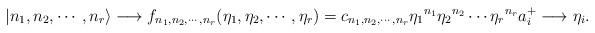
LaTeX: \begin{align*}\vert n_1, n_2, \cdots, n_r \rangle \longrightarrow f_{n_1,n_2, \cdots, n_r }(\eta_1, \eta_2, \cdots, \eta_r) = c_{n_1,n_2,\cdots, n_r } {{\eta_1}}^{n_1} {{\eta_2}}^{n_2} \cdots {{\eta_r}}^{n_r} a_i^+ \longrightarrow {{\eta_i}}.\end{align*}